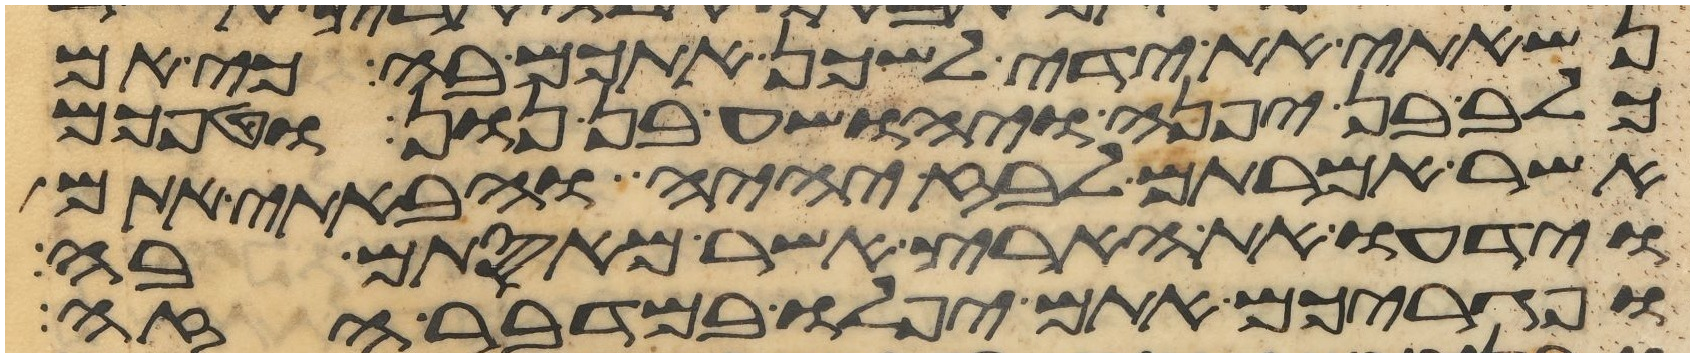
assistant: נשאתי את ידי לשכן אתכם בה כי אם
כלב בן יפנה ויהושע בן נון וטפכם
אשר אמרתם לבוז יהיה והבאתי אתם
וידעו את הארץ אשר מאסתם בה
ופגריכם אתם יפלו במדבר הזה